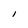
Character: S